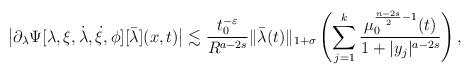
LaTeX: \begin{align*}\big|\partial_\lambda\Psi[\lambda,\xi,\dot{\lambda},\dot{\xi},\phi][\bar{\lambda}](x, t)\big|\lesssim \frac{t_0^{-\varepsilon}}{R^{a-2s}}\|\bar{\lambda}(t)\|_{1+\sigma}\left(\sum_{j=1}^k\frac{\mu_0^{\frac{n-2s}{2}-1}(t)}{1+|y_j|^{a-2s}}\right),\end{align*}